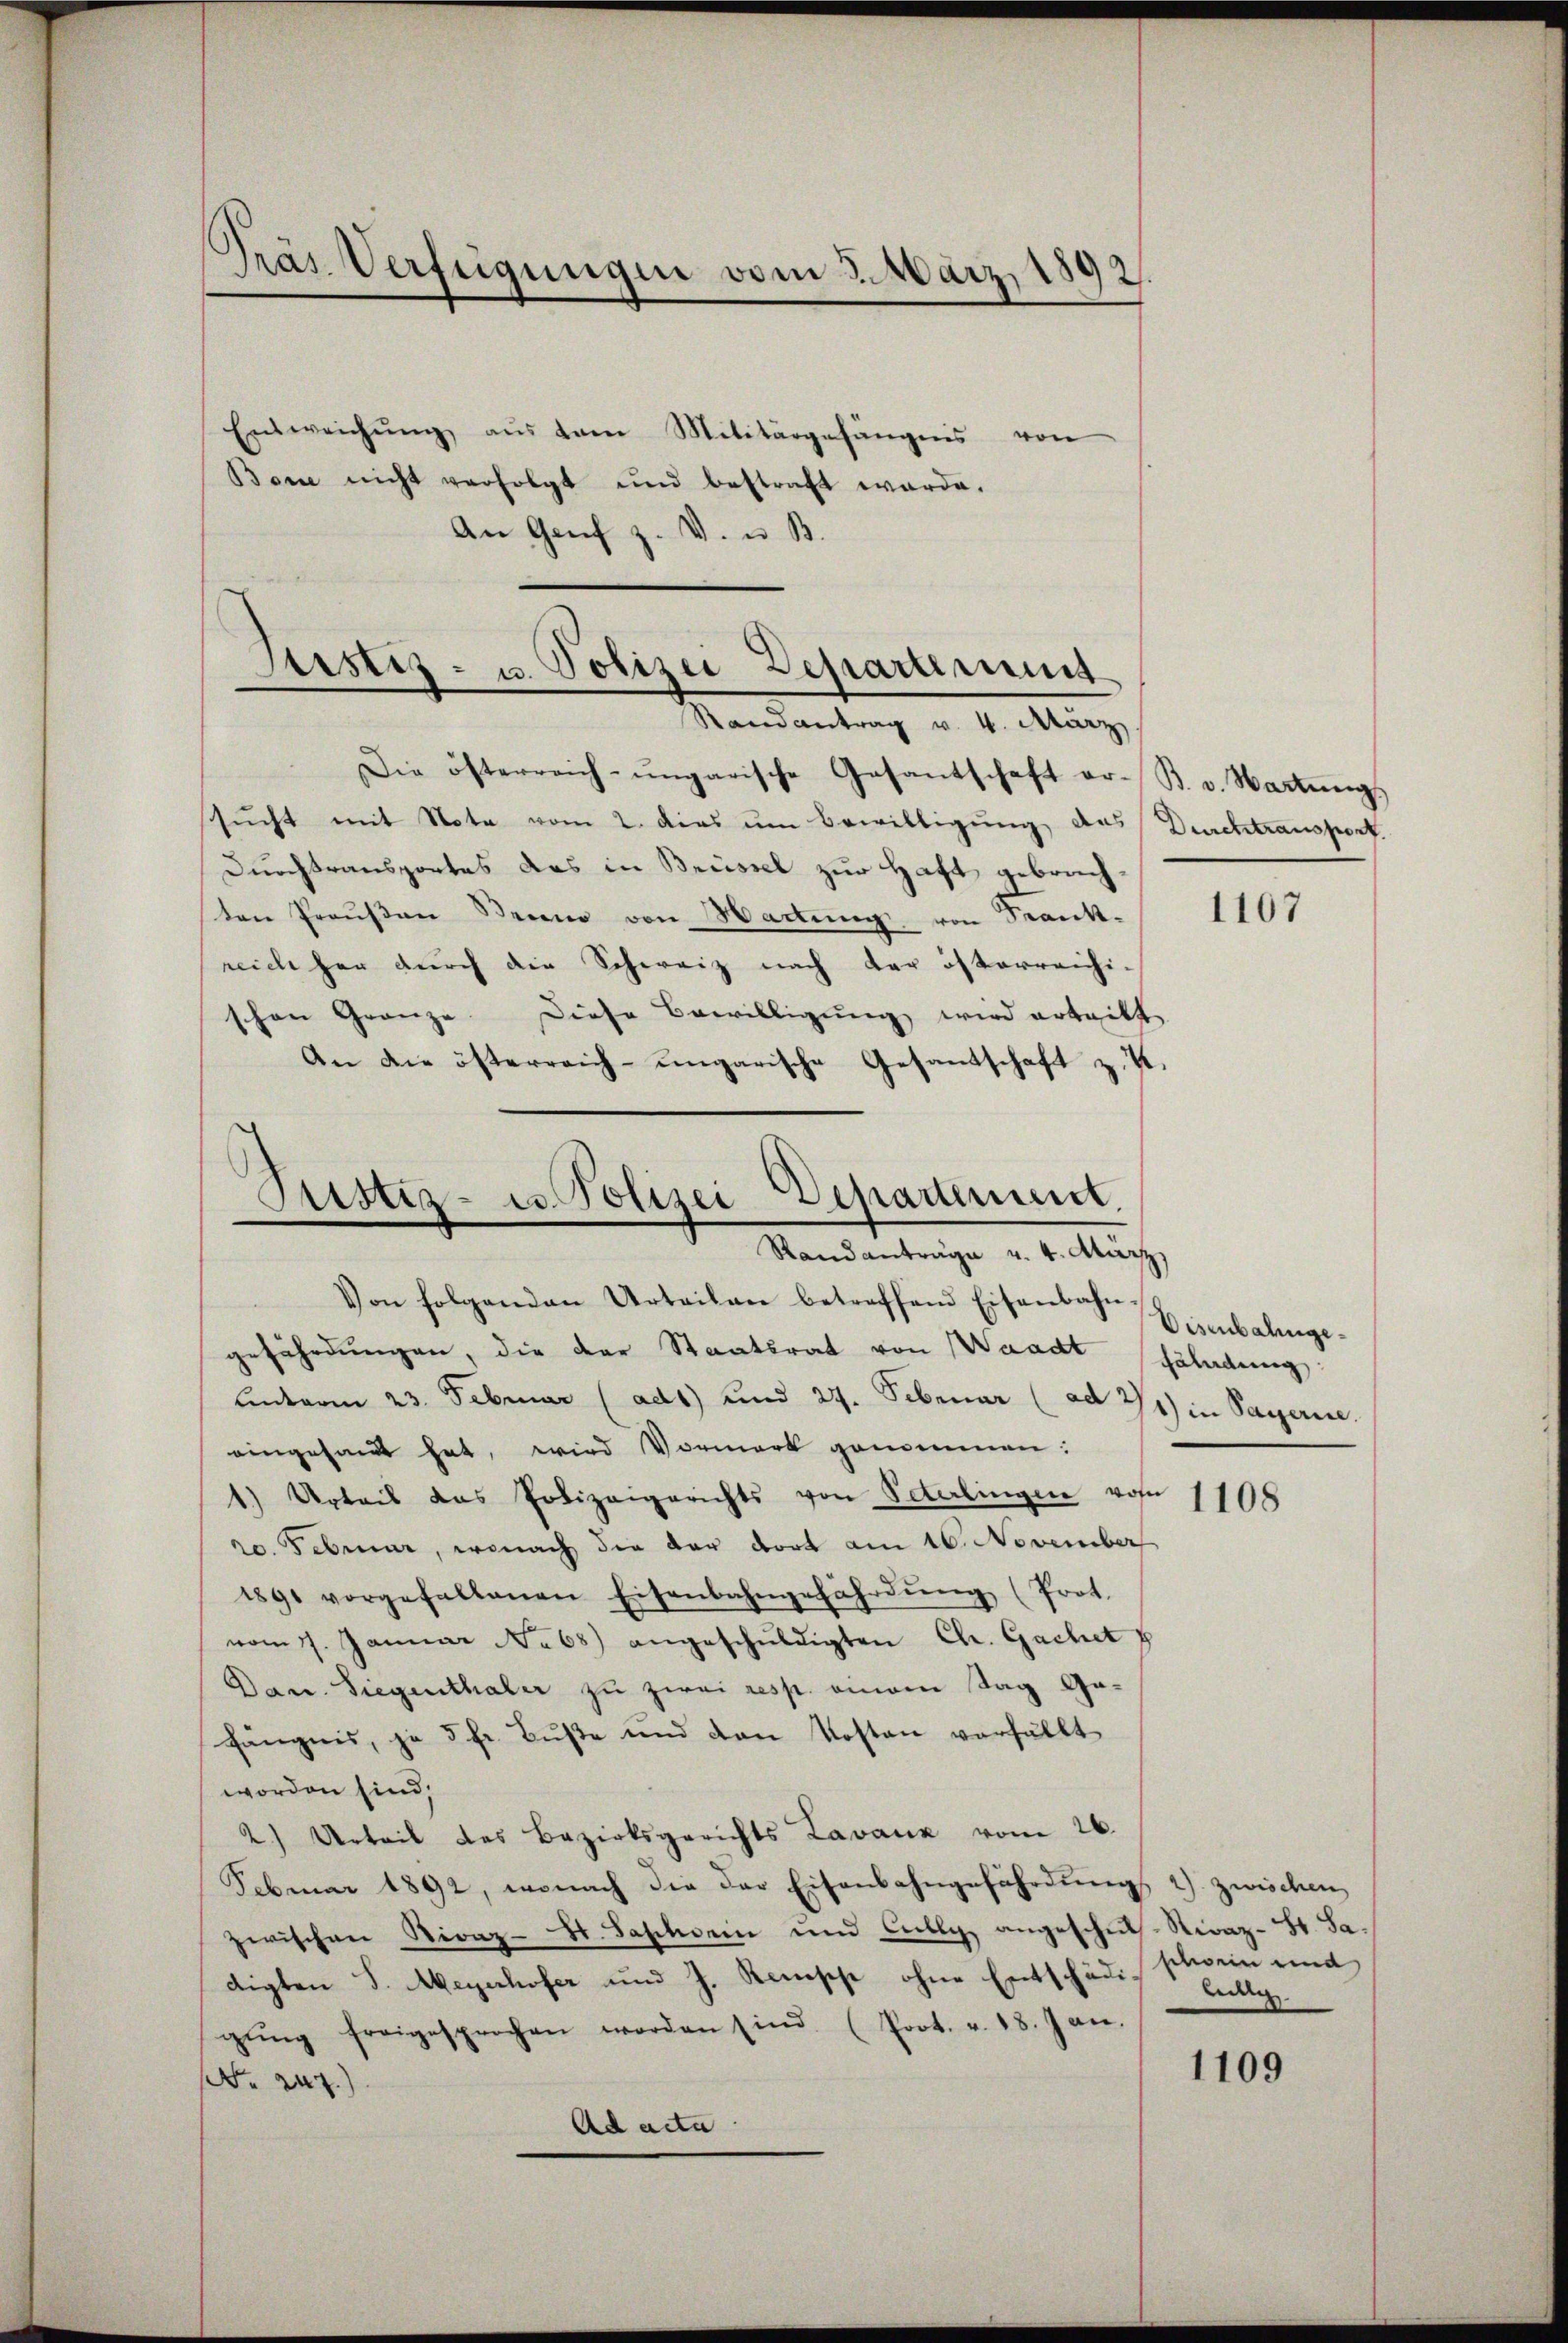
Präs. Verfügungen vom 3. März 1892.

Entweichŭng aŭs vom Militärgefängnis von
Bon nicht verfolgt und bestraft werde.
An Genf z. V. u. B.

Astiz- u. Polizei Departirung

Departement.
Justiz- es. Polizei
Randanträge u. 4. März
Von folgenden Urteilen betreffend Eisenbahn-

Randantrag v. 4. März.
Die österreich-ungarische Gesantschaft er- B. v. Wartŭngs
sucht mit Note vom 2. dies um Bewilligung das Durchtransport
Durchtransportes das in Brüssel zur Haft gebrachten Preŭβen Seieno von Wartung von Frank-
reich her durch die Schweiz nach der österreichi-
schon Gränze. Diese Bewilligung wird erteilt
An die österreich-ungarische Gesandschaft z. K.

gefährdungen, die der Staatsrat von Waadt schäladung
unterm 23. Februar (ad1) und 27. Februar (ad 2) in Payerire.
eingehen hat, wird Vormerk genommen:
1) Urteil das Polizeigerichts von Vaterlingen von
20. Februar, wonach die der dort am 16. November
1891 vorgefallenen Eisenbahngefährdung (Prot.
vom 7. Januar No 68) angeschŭldigten Ch. Gachet p
Dan. Siegenthaler zu zwei resp. einem Tag Gafängnis, je 5 fr. Buße und den Kosten verfällt
worden sind,
2) Urteil des Bezirksgerichts Lavanz vom 26.
Februar 1892, wonach die der Eisenbahngefährdŭng
zwischen Stirnz- B. Saschein und Fully angeschŭl-Niraz-St. Ja.
digten S. Meyerhofer und J. Remische ohne Entschädis billig
gŭng freigesprochen worden sind. (Prot. v. 18. Jan.
 27)
Ad acta

1107

Visenbahnge¬

1108

) zwischen,
schwein und

1109